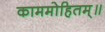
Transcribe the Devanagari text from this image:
काममोहितम्॥